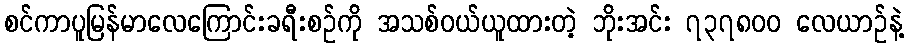
စင်ကာပူမြန်မာလေကြောင်းခရီးစဉ်ကို အသစ်ဝယ်ယူထားတဲ့ ဘိုးအင်း ၇၃၇၈၀၀ လေယာဉ်နဲ့